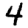
Digit: 4